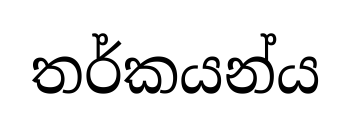
තර්කයන්ය